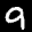
Label: 9